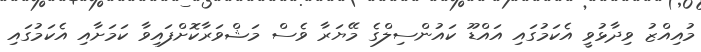
މުއިއްޒު ވިދާޅުވީ އެކަމުގައި އައްޑޫ ކައުންސިލްގެ މޭޔަރާ ވެސް މަޝްވަރާކޮށްފައިވާ ކަމަށާއި އެކަމުގައި